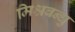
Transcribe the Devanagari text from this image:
मिश्रबन्धु